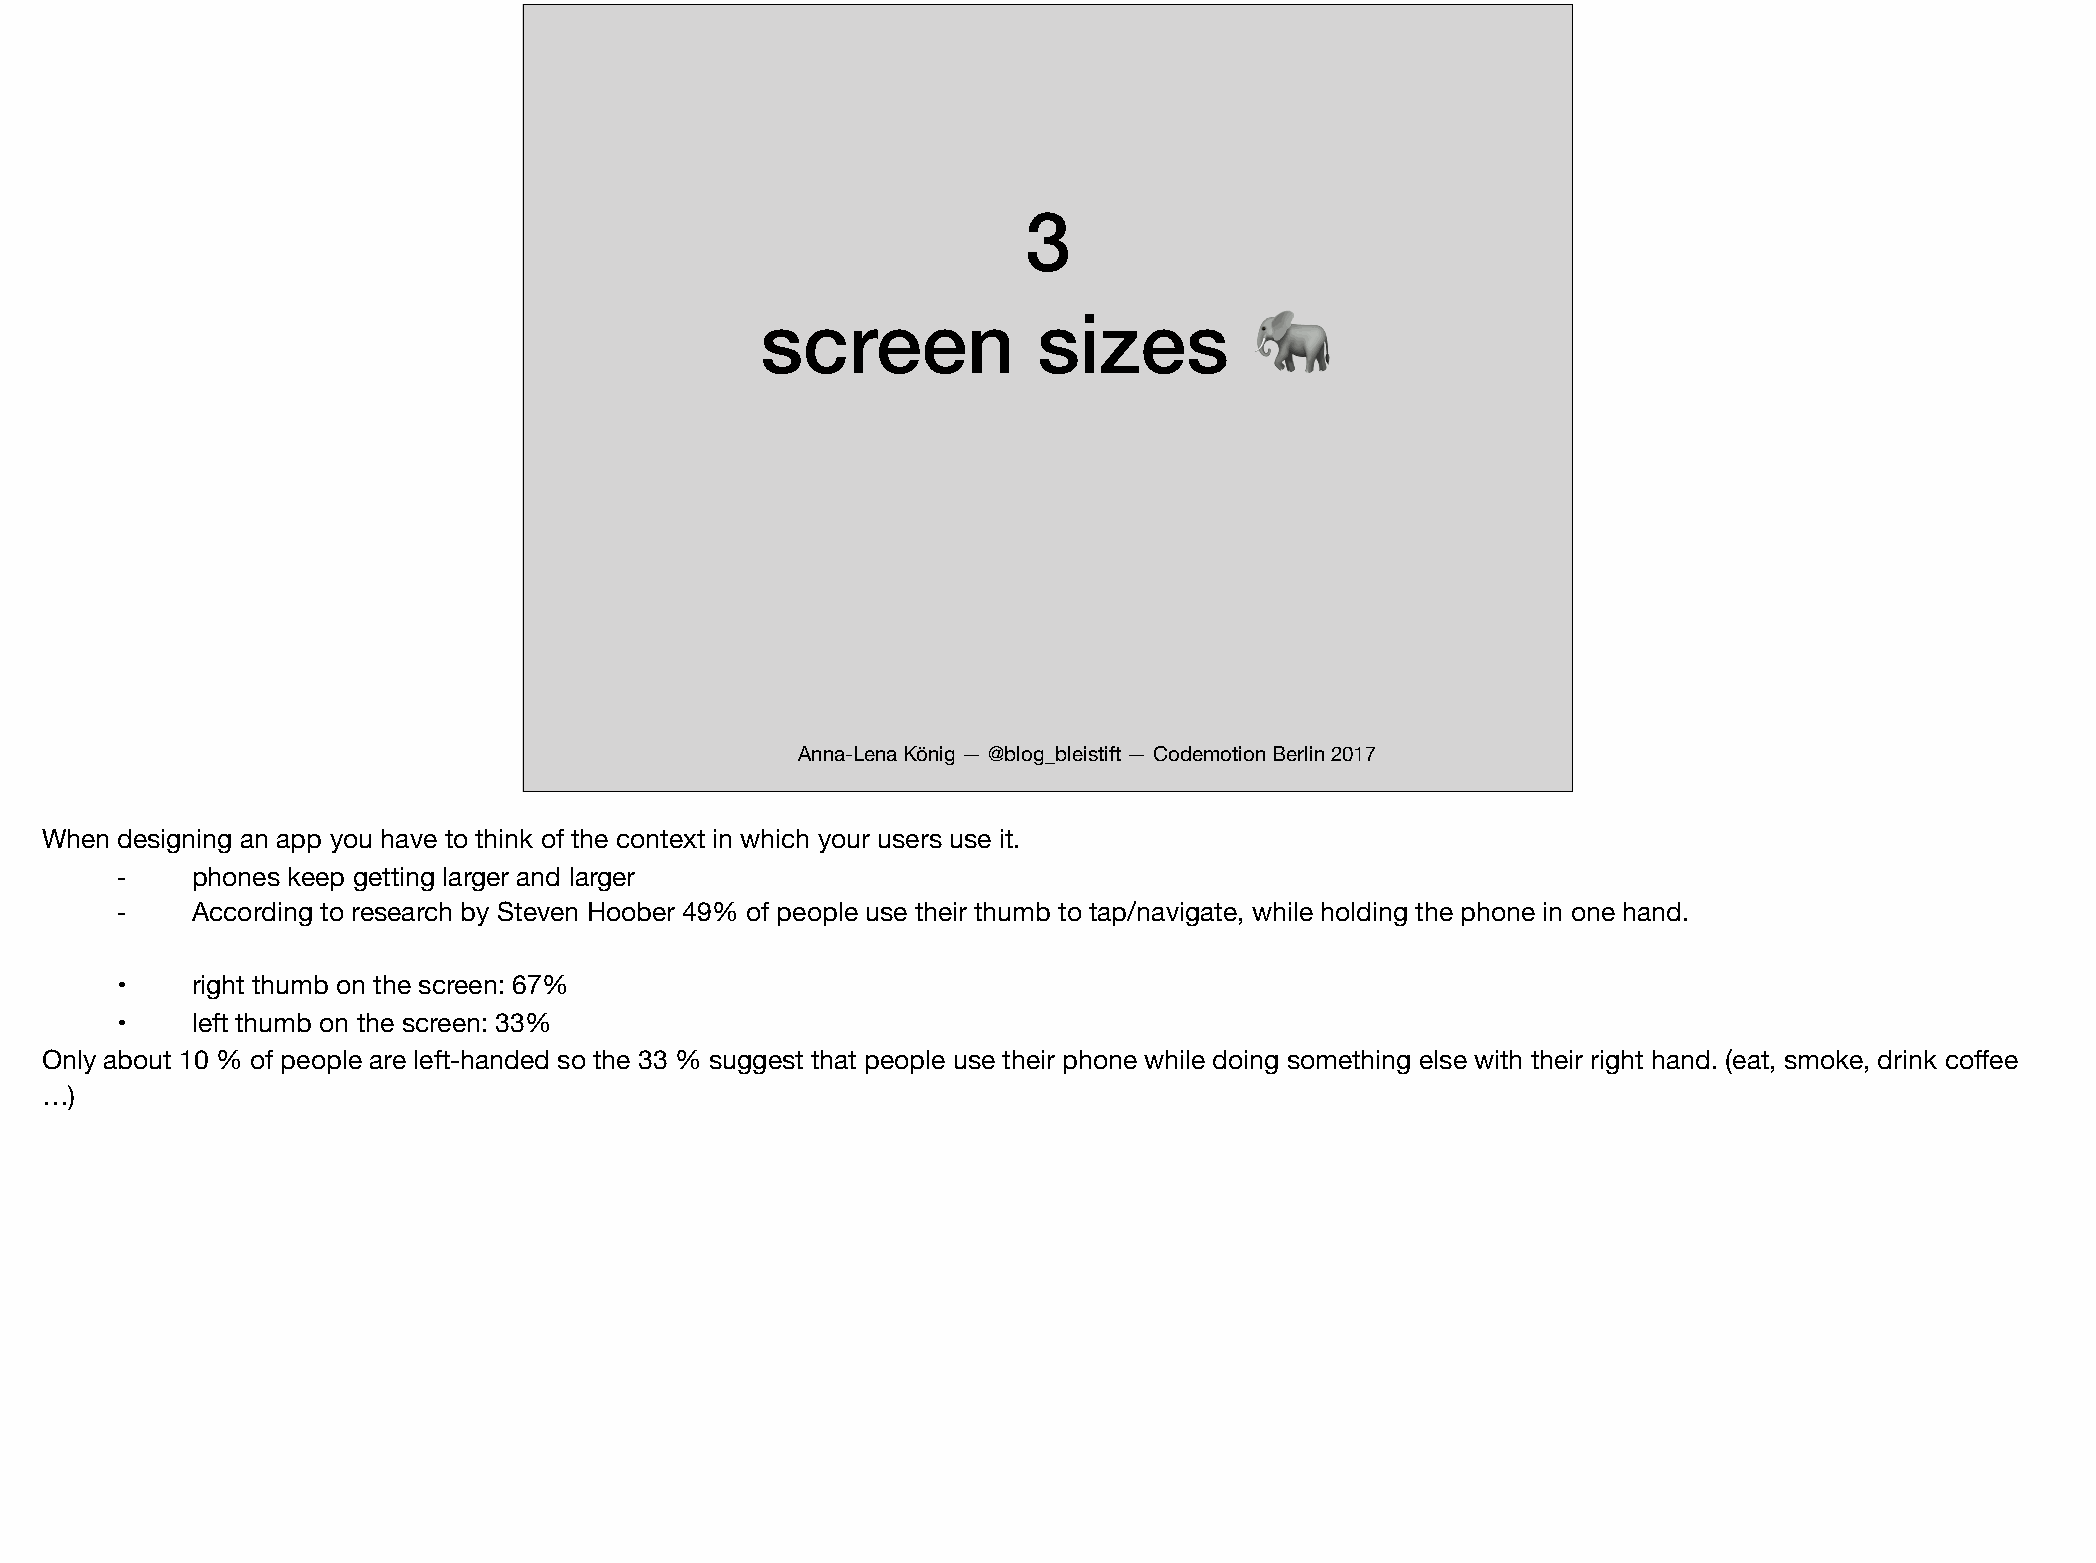
3
 screen            sizes
 🐘
 Anna-Lena König — @blog_bleistift — Codemotion Berlin 2017
 When designing an app you have to think of the context in which your users use it.
 ⁃    phones keep getting larger and larger
 ⁃    According to research by Steven Hoober 49% of people use their thumb to tap/navigate, while holding the phone in one hand.
 •    right thumb on the screen: 67%
 •    left thumb on the screen: 33%
 Only about 10 % of people are left-handed so the 33 % suggest that people use their phone while doing something else with their right hand. (eat, smoke, drink coffee
 …)